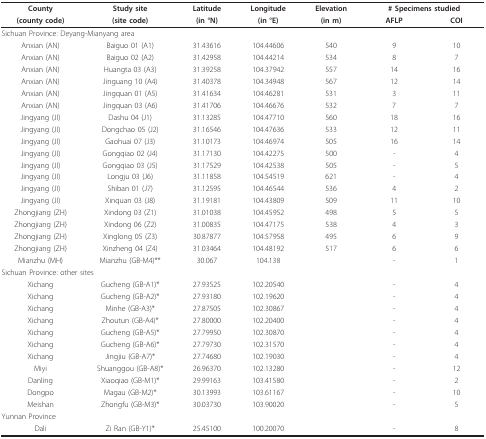
<table><thead><tr><td><b>County</b></td><td><b>Study site</b></td><td><b>Latitude</b></td><td><b>Longitude</b></td><td><b>Elevation</b></td><td colspan="2"><b># Specimens studied</b></td></tr><tr><td><b>(county code)</b></td><td><b>(site code)</b></td><td><b>(in °N)</b></td><td><b>(in °E)</b></td><td><b>(in m)</b></td><td><b>AFLP</b></td><td><b>COI</b></td></tr></thead><tbody><tr><td colspan="7">Sichuan Province: Deyang-Mianyang area</td></tr><tr><td>Anxian (AN)</td><td>Baiguo 01 (A1)</td><td>31.43616</td><td>104.44606</td><td>540</td><td>9</td><td>10</td></tr><tr><td>Anxian (AN)</td><td>Baiguo 02 (A2)</td><td>31.42958</td><td>104.44214</td><td>534</td><td>8</td><td>7</td></tr><tr><td>Anxian (AN)</td><td>Huangta 03 (A3)</td><td>31.39258</td><td>104.37942</td><td>557</td><td>14</td><td>16</td></tr><tr><td>Anxian (AN)</td><td>Jinguang 10 (A4)</td><td>31.40378</td><td>104.34948</td><td>567</td><td>12</td><td>14</td></tr><tr><td>Anxian (AN)</td><td>Jingquan 01 (A5)</td><td>31.41634</td><td>104.46281</td><td>531</td><td>3</td><td>11</td></tr><tr><td>Anxian (AN)</td><td>Jingquan 03 (A6)</td><td>31.41706</td><td>104.46676</td><td>532</td><td>7</td><td>7</td></tr><tr><td>Jingyang (JI)</td><td>Dashu 04 (J1)</td><td>31.13285</td><td>104.47710</td><td>560</td><td>18</td><td>16</td></tr><tr><td>Jingyang (JI)</td><td>Dongchao 05 (J2)</td><td>31.16546</td><td>104.47636</td><td>533</td><td>12</td><td>11</td></tr><tr><td>Jingyang (JI)</td><td>Gaohuai 07 (J3)</td><td>31.10173</td><td>104.46974</td><td>505</td><td>16</td><td>14</td></tr><tr><td>Jingyang (JI)</td><td>Gongqiao 02 (J4)</td><td>31.17130</td><td>104.42275</td><td>500</td><td>-</td><td>4</td></tr><tr><td>Jingyang (JI)</td><td>Gongqiao 03 (J5)</td><td>31.17529</td><td>104.42538</td><td>505</td><td>-</td><td>5</td></tr><tr><td>Jingyang (JI)</td><td>Longju 03 (J6)</td><td>31.11858</td><td>104.54519</td><td>621</td><td>-</td><td>4</td></tr><tr><td>Jingyang (JI)</td><td>Shiban 01 (J7)</td><td>31.12595</td><td>104.46544</td><td>536</td><td>4</td><td>2</td></tr><tr><td>Jingyang (JI)</td><td>Xinquan 03 (J8)</td><td>31.19181</td><td>104.43809</td><td>509</td><td>11</td><td>10</td></tr><tr><td>Zhongjiang (ZH)</td><td>Xindong 03 (Z1)</td><td>31.01038</td><td>104.45952</td><td>498</td><td>5</td><td>5</td></tr><tr><td>Zhongjiang (ZH)</td><td>Xindong 06 (Z2)</td><td>31.00835</td><td>104.47175</td><td>538</td><td>4</td><td>3</td></tr><tr><td>Zhongjiang (ZH)</td><td>Xinglong 05 (Z3)</td><td>30.87877</td><td>104.57958</td><td>495</td><td>6</td><td>9</td></tr><tr><td>Zhongjiang (ZH)</td><td>Xinzheng 04 (Z4)</td><td>31.03464</td><td>104.48192</td><td>517</td><td>6</td><td>6</td></tr><tr><td>Mianzhu (MH)</td><td>Mianzhu (GB-M4)**</td><td>30.067</td><td>104.138</td><td></td><td>-</td><td>1</td></tr><tr><td colspan="7">Sichuan Province: other sites</td></tr><tr><td>Xichang</td><td>Gucheng (GB-A1)*</td><td>27.93525</td><td>102.20540</td><td></td><td>-</td><td>4</td></tr><tr><td>Xichang</td><td>Gucheng (GB-A2)*</td><td>27.93180</td><td>102.19620</td><td></td><td>-</td><td>4</td></tr><tr><td>Xichang</td><td>Minhe (GB-A3)*</td><td>27.87505</td><td>102.30867</td><td></td><td>-</td><td>4</td></tr><tr><td>Xichang</td><td>Zhoutun (GB-A4)*</td><td>27.80000</td><td>102.20400</td><td></td><td>-</td><td>4</td></tr><tr><td>Xichang</td><td>Gucheng (GB-A5)*</td><td>27.79950</td><td>102.30870</td><td></td><td>-</td><td>4</td></tr><tr><td>Xichang</td><td>Gucheng (GB-A6)*</td><td>27.79730</td><td>102.31570</td><td></td><td>-</td><td>4</td></tr><tr><td>Xichang</td><td>Jingjiu (GB-A7)*</td><td>27.74680</td><td>102.19030</td><td></td><td>-</td><td>4</td></tr><tr><td>Miyi</td><td>Shuanggou (GB-A8)*</td><td>26.96370</td><td>102.13280</td><td></td><td>-</td><td>12</td></tr><tr><td>Danling</td><td>Xiaoqiao (GB-M1)*</td><td>29.99163</td><td>103.41580</td><td></td><td>-</td><td>2</td></tr><tr><td>Dongpo</td><td>Magau (GB-M2)*</td><td>30.13993</td><td>103.61167</td><td></td><td>-</td><td>10</td></tr><tr><td>Meishan</td><td>Zhongfu (GB-M3)*</td><td>30.03730</td><td>103.90020</td><td></td><td>-</td><td>5</td></tr><tr><td>Yunnan Province</td><td></td><td></td><td></td><td></td><td></td><td></td></tr><tr><td>Dali</td><td>Zi Ran (GB-Y1)*</td><td>25.45100</td><td>100.20070</td><td></td><td>-</td><td>8</td></tr></tbody></table>